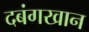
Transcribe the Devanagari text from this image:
दबंगखान